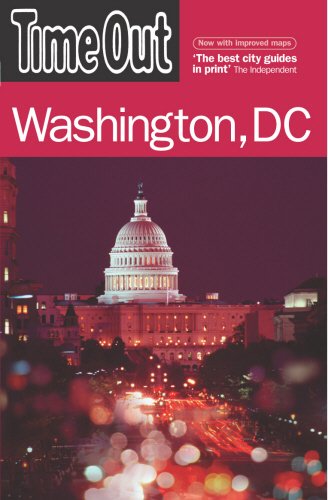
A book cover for Time Out Washington, DC (Time Out Guides); Time Out; Travel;